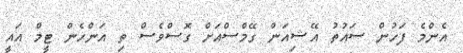
އެންމެ ފަހުން ސައުތު އޭޝިއަން ގޭމްސްއަށް ގޮސްވެސް ތި އަންހެން ޓީމް އައީ